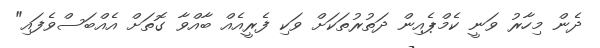
ދެން މިހާރު ވަނީ ކެމްޕެއިން ދަތުރުތަކަށް ވަކި ފެރީއެއް ބާއްވާ ގޮތަށް އެއްބަސްވެފައި"